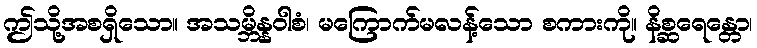
ဤသို့အစရှိသော။ အသမ္ဘိန္နဝါစံ၊ မကြောက်မလန့်သော စကားကို။ နိစ္ဆရေန္တော၊